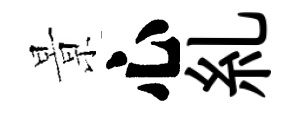
㬌心糺